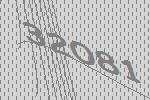
32081